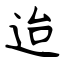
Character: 迨